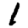
Digit: 1